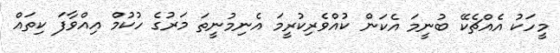
މީހަކު އެއްޗެކޭ ބުނީމަ އެކަން ކުއްވެރިކުރީމަ އެނިމުނީތަ މަރުގެ ހުކުމް އިއްވާފަ ކިތައް